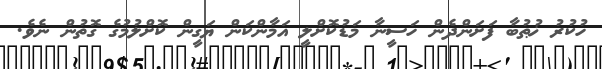
ހުކުރު ޚުޠުބާ ފަށަންދެން ހަސީނާ މަޑުކޮށްލީ އަމާންކަން ޔަގީން ކޮށްލުމުގެ ގޮތުން ނެވެ.